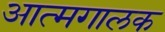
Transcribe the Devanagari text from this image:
आत्मगालक